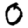
Digit: 0